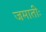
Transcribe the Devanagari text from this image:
जमातीः